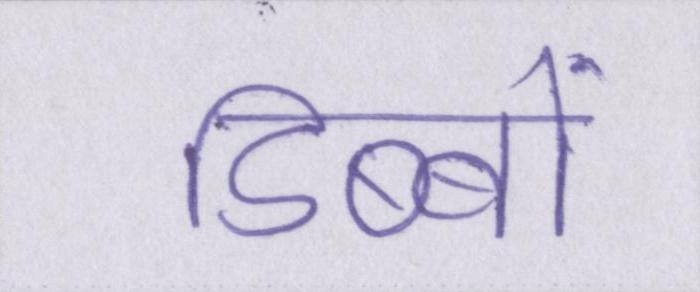
डिब्बों